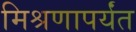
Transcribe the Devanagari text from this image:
मिश्रणापर्यंत